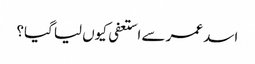
اسد عمر سے استعفی کیوں لیا گیا؟